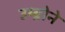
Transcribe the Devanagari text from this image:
उम्ब्रोने